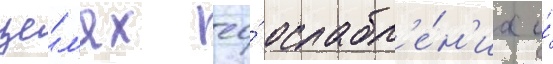
це́л'ях ео́ ослабл'е́н'иа и́